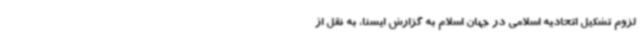
لزوم تشکیل اتحادیه اسلامی در جهان اسلام به گزارش ایسنا، به نقل از